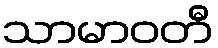
သာမာဝတီ